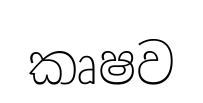
කෘෂව